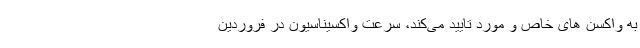
به واکسن های خاص و مورد تایید می‌کند، سرعت واکسیناسیون در فروردین